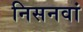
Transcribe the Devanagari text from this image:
निसनवां